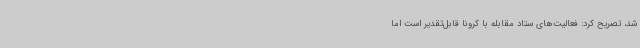
شد، تصریح کرد: فعالیت‌های ستاد مقابله با کرونا قابل‌تقدیر است اما